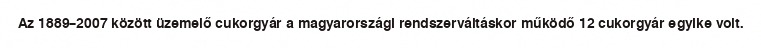
Az 1889–2007 között üzemelő cukorgyár a magyarországi rendszerváltáskor működő 12 cukorgyár egyike volt.